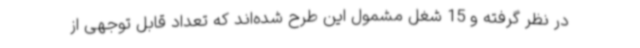
در نظر گرفته و 15 شغل مشمول این طرح شده‌اند که تعداد قابل توجهی از